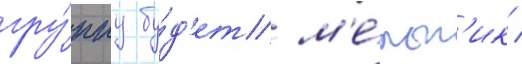
гру́ппу бу́д'ет м'е́льн'ик /